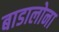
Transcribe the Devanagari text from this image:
बाडालोना